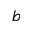
b